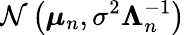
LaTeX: {\mathcal{N}}\left({\boldsymbol{\mu}}_{n},\sigma^{2}{\boldsymbol{\Lambda}}_{n}^{-1}\right)